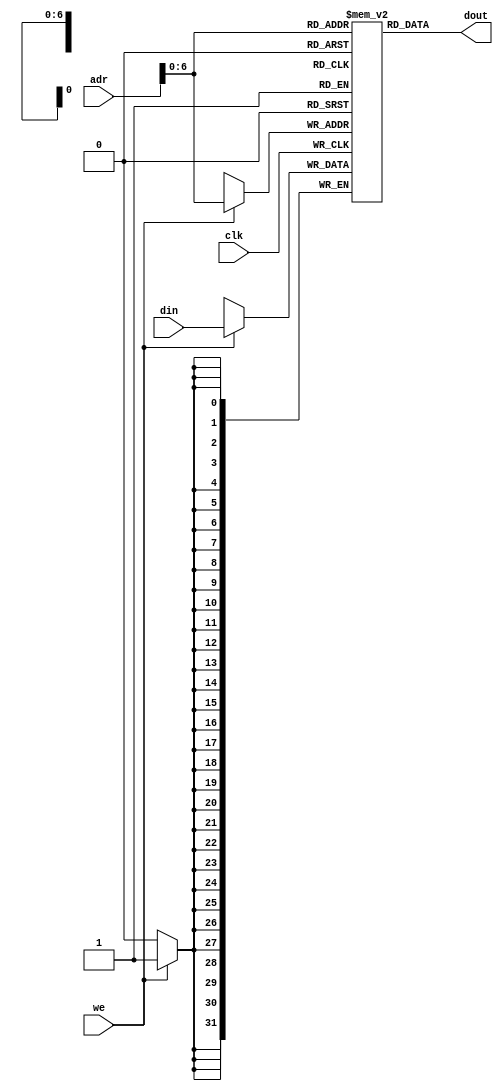

`timescale 1ns/1ns

module RAM(clk,adr,din,we,dout);

parameter n = 32 ;
parameter m = 32 ;
input clk,we;
input [n-1:0]adr;
input [m-1:0]din;
output [m-1:0]dout;

reg [m-1:0]mem[127:0];
assign dout=mem[adr];

always @(posedge clk)
begin
if(we)
mem[adr]<=din;
end

endmodule